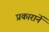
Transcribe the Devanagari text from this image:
प्रकारानें